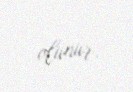
olunur.